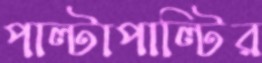
পাল্টাপাল্টির